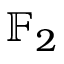
\mathbb { F } _ { 2 }